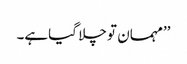
’’مہمان تو چلا گیاہے۔